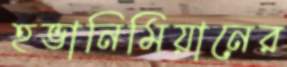
হভানিমিয়ানের